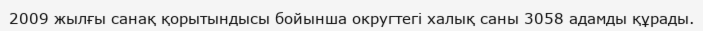
2009 жылғы санақ қорытындысы бойынша округтегі халық саны 3058 адамды құрады.